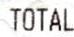
TOTAL